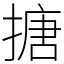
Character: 搪